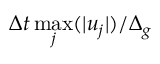
\Delta t \operatorname* { m a x } _ { j } ( | u _ { j } | ) / \Delta _ { g }